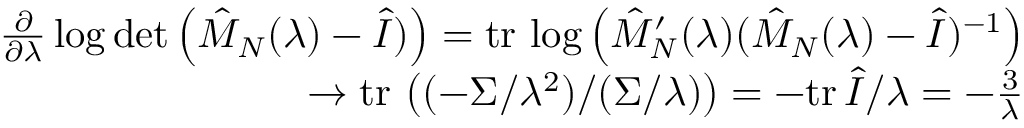
\begin{array} { r l r } & { } & { \frac { \partial } { \partial \lambda } \log \operatorname* { d e t } \left( \hat { M } _ { N } ( \lambda ) - \hat { I } ) \right) = \mathrm { t r } \, \log \left( \hat { M } _ { N } ^ { \prime } ( \lambda ) ( \hat { M } _ { N } ( \lambda ) - \hat { I } ) ^ { - 1 } \right) } \\ & { } & { \to \mathrm { t r } \, \left( ( - \Sigma / \lambda ^ { 2 } ) / ( \Sigma / \lambda ) \right) = - \mathrm { t r } \, \hat { I } / \lambda = - \frac { 3 } { \lambda } } \end{array}